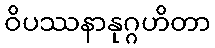
ဝိပဿနာနုဂ္ဂဟိတာ